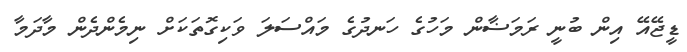
ޑީޖޭއޭ އިން ބުނީ ރަމަޟާން މަހުގެ ހަނދުގެ މައްސަލަ ވަކިގޮތަކަށް ނިމެންދެން މާދަމާ